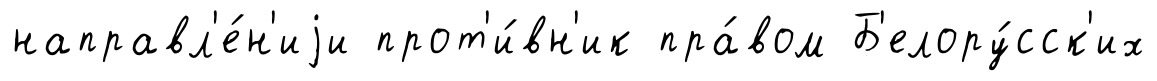
направл'е́н'иjи прот'и́вн'ик пра́вом Б'елору́сск'их